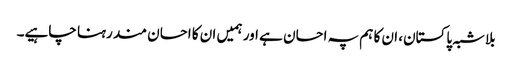
بلاشبہ پاکستان، ان کا ہم پہ احسان ہے اور ہمیں ان کا احسان مند رہنا چاہیے۔